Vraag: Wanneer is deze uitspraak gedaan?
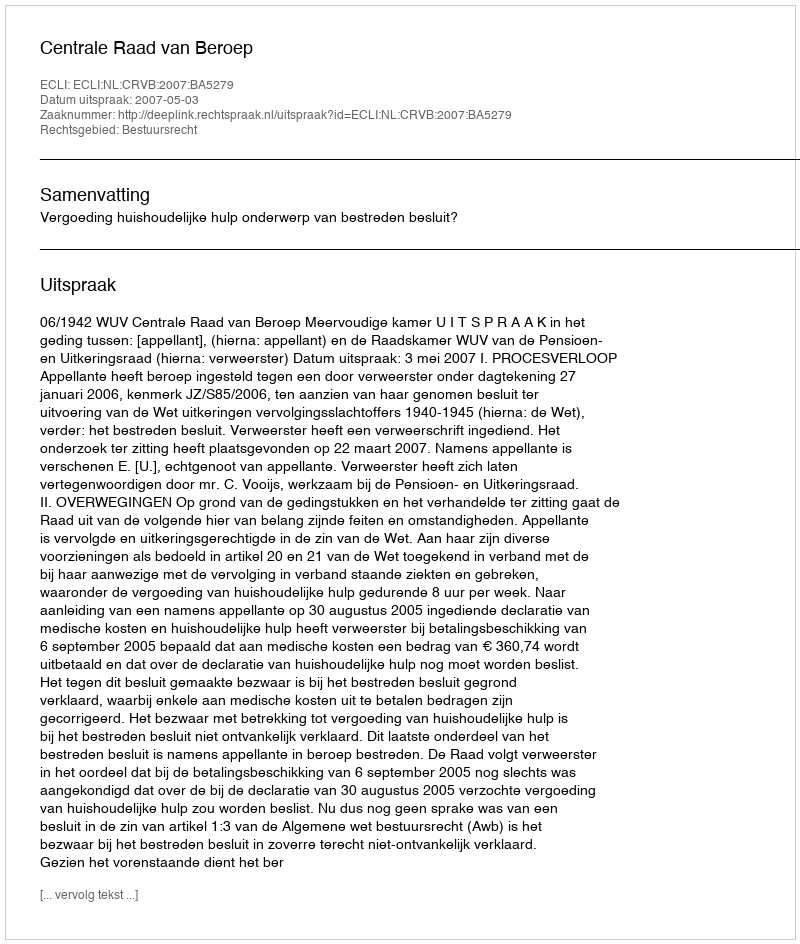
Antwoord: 2007-05-03